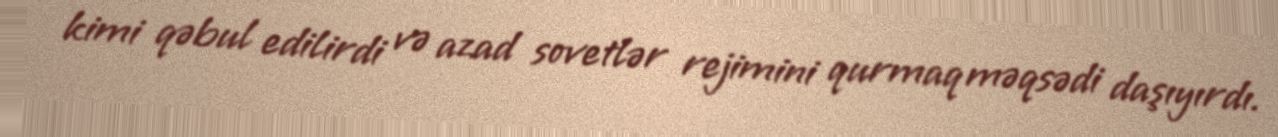
kimi qəbul edilirdi və azad sovetlər rejimini qurmaq məqsədi daşıyırdı.